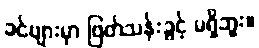
ခင်ဗျားမှာ ဖြတ်သန်းခွင့် မရှိဘူး။